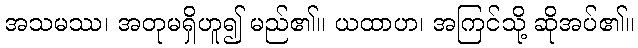
အသမဿ၊ အတုမရှိဟူ၍ မည်၏။ ယထာဟ၊ အကြင်သို့ ဆိုအပ်၏။